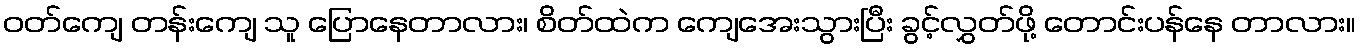
ဝတ်ကျေ တန်းကျေ သူ ပြောနေတာလား၊ စိတ်ထဲက ကျေအေးသွားပြီး ခွင့်လွှတ်ဖို့ တောင်းပန်နေ တာလား။